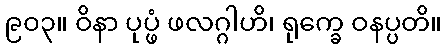
၉၀၃။ ဝိနာ ပုပ္ဖံ ဖလဂ္ဂါဟိ၊ ရုက္ခေ ဝနပ္ပတိ။